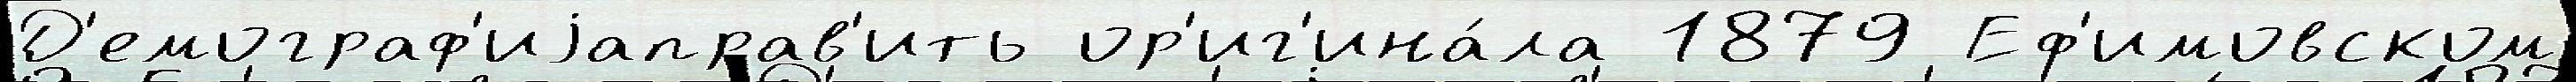
Д'емограф'иjаправ'ить ор'иг'ина́ла 1879 Еф'имовском